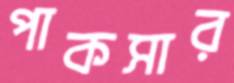
পাকসার